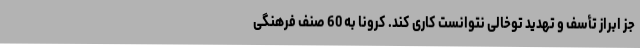
جز ابراز تأسف و تهدید توخالی نتوانست کاری کند. کرونا به 60 صنف فرهنگی